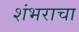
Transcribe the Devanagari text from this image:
शंभराचा